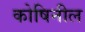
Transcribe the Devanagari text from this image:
कोषिनील